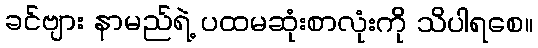
ခင်ဗျား နာမည်ရဲ့ ပထမဆုံးစာလုံးကို သိပါရစေ။